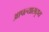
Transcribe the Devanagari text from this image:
आपल्यासदृष्य